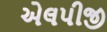
એલપીજી